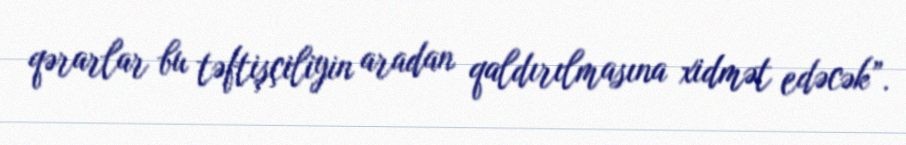
qərarlar bu təftişçiliyin aradan qaldırılmasına xidmət edəcək”.